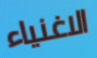
الاغنياء